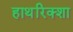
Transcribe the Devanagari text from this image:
हाथरिक्शा